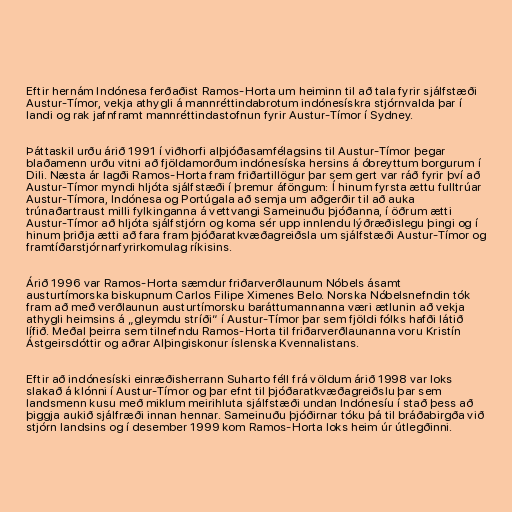
Eftir hernám Indónesa ferðaðist Ramos-Horta um heiminn til að tala fyrir sjálfstæði
Austur-Tímor, vekja athygli á mannréttindabrotum indónesískra stjórnvalda þar í
landi og rak jafnframt mannréttindastofnun fyrir Austur-Tímor í Sydney.

Þáttaskil urðu árið 1991 í viðhorfi alþjóðasamfélagsins til Austur-Tímor þegar
blaðamenn urðu vitni að fjöldamorðum indónesíska hersins á óbreyttum borgurum í
Dili. Næsta ár lagði Ramos-Horta fram friðartillögur þar sem gert var ráð fyrir því að
Austur-Tímor myndi hljóta sjálfstæði í þremur áföngum: Í hinum fyrsta ættu fulltrúar
Austur-Tímora, Indónesa og Portúgala að semja um aðgerðir til að auka
trúnaðartraust milli fylkinganna á vettvangi Sameinuðu þjóðanna, í öðrum ætti
Austur-Tímor að hljóta sjálfstjórn og koma sér upp innlendu lýðræðislegu þingi og í
hinum þriðja ætti að fara fram þjóðaratkvæðagreiðsla um sjálfstæði Austur-Tímor og
framtíðarstjórnarfyrirkomulag ríkisins.

Árið 1996 var Ramos-Horta sæmdur friðarverðlaunum Nóbels ásamt
austurtímorska biskupnum Carlos Filipe Ximenes Belo. Norska Nóbelsnefndin tók
fram að með verðlaunun austurtímorsku baráttumannanna væri ætlunin að vekja
athygli heimsins á „gleymdu stríði“ í Austur-Tímor þar sem fjöldi fólks hafði látið
lífið. Meðal þeirra sem tilnefndu Ramos-Horta til friðarverðlaunanna voru Kristín
Ástgeirsdóttir og aðrar Alþingiskonur íslenska Kvennalistans.

Eftir að indónesíski einræðisherrann Suharto féll frá völdum árið 1998 var loks
slakað á klónni í Austur-Tímor og þar efnt til þjóðaratkvæðagreiðslu þar sem
landsmenn kusu með miklum meirihluta sjálfstæði undan Indónesíu í stað þess að
þiggja aukið sjálfræði innan hennar. Sameinuðu þjóðirnar tóku þá til bráðabirgða við
stjórn landsins og í desember 1999 kom Ramos-Horta loks heim úr útlegðinni.